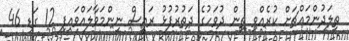
ތިލަދުންމައްޗަށް ކުރެއްވި ތިން ދުވަހުގެ ދަތުރުފުޅު ރައީސް ނިންމަވާލައްވައިފި 12 ގަޑި 46